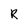
Character: R